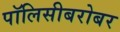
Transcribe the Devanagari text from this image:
पॉलिसीबरोबर